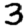
Digit: 3